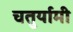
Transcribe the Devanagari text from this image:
चतुर्यामी